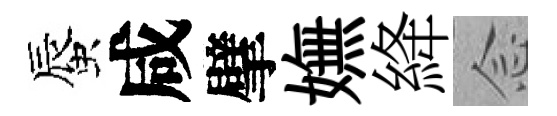
蜃咸擘嫵絳𫝹